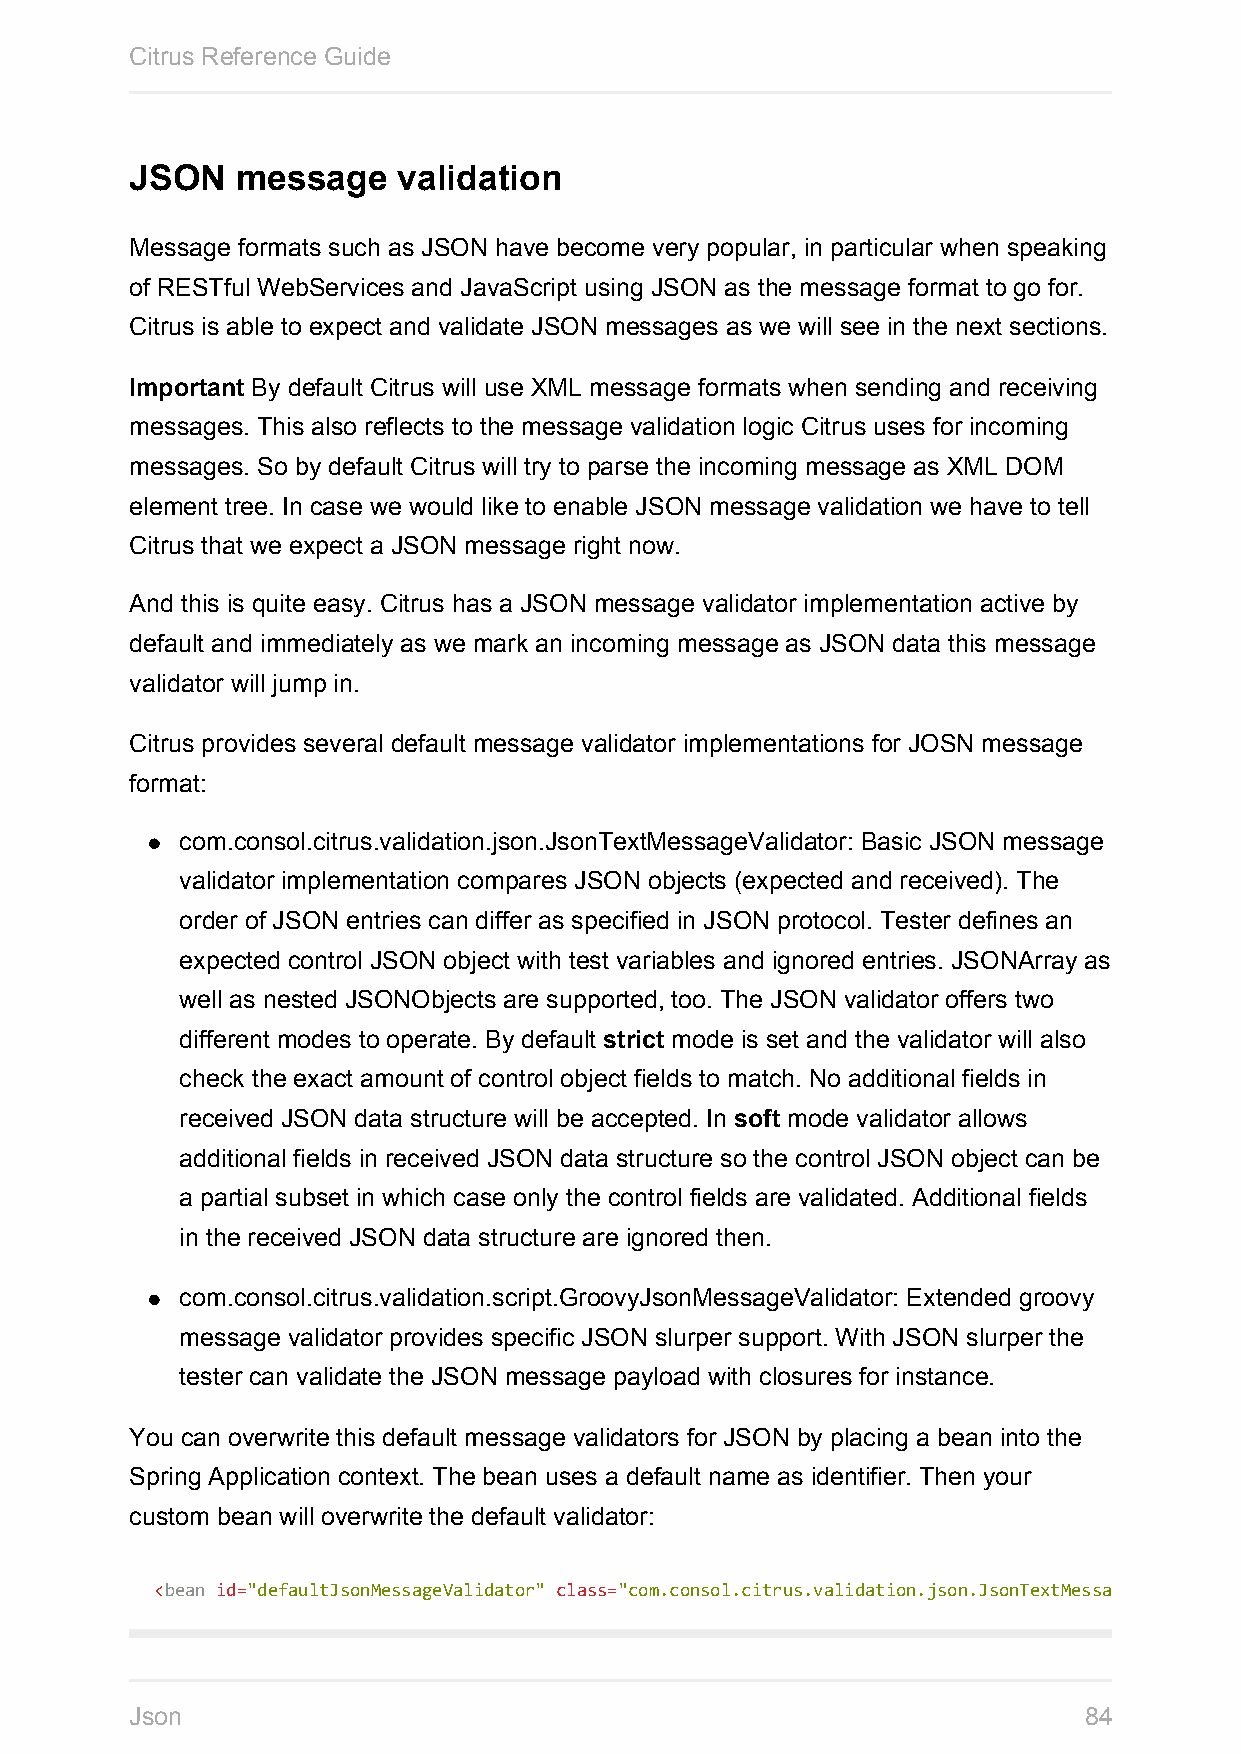
Citrus Reference Guide
 JSON   message   validation
 Message formats such as JSON have become very popular, in particular when speaking
 of RESTful WebServices and JavaScript using JSON as the message format to go for.
 Citrus is able to expect and validate JSON messages as we will see in the next sections.
 Important By default Citrus will use XML message formats when sending and receiving
 messages. This also reflects to the message validation logic Citrus uses for incoming
 messages. So by default Citrus will try to parse the incoming message as XML DOM
 element tree. In case we would like to enable JSON message validation we have to tell
 Citrus that we expect a JSON message right now.
 And this is quite easy. Citrus has a JSON message validator implementation active by
 default and immediately as we mark an incoming message as JSON data this message
 validator will jump in.
 Citrus provides several default message validator implementations for JOSN message
 format:
 com.consol.citrus.validation.json.JsonTextMessageValidator: Basic JSON message
 validator implementation compares JSON objects (expected and received). The
 order of JSON entries can differ as specified in JSON protocol. Tester defines an
 expected control JSON object with test variables and ignored entries. JSONArray as
 well as nested JSONObjects are supported, too. The JSON validator offers two
 different modes to operate. By default strict mode is set and the validator will also
 check the exact amount of control object fields to match. No additional fields in
 received JSON data structure will be accepted. In soft mode validator allows
 additional fields in received JSON data structure so the control JSON object can be
 a partial subset in which case only the control fields are validated. Additional fields
 in the received JSON data structure are ignored then.
 com.consol.citrus.validation.script.GroovyJsonMessageValidator: Extended groovy
 message validator provides specific JSON slurper support. With JSON slurper the
 tester can validate the JSON message payload with closures for instance.
 You can overwrite this default message validators for JSON by placing a bean into the
 Spring Application context. The bean uses a default name as identifier. Then your
 custom bean will overwrite the default validator:
 <bean id="defaultJsonMessageValidator" class="com.consol.citrus.validation.json.JsonTextMessageValidator"
 Json                                                           84